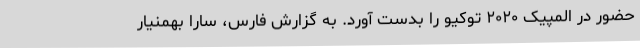
حضور در المپیک ۲۰۲۰ توکیو را بدست آورد. به گزارش فارس، سارا بهمنیار